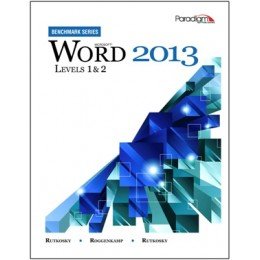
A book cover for Microsoft Word 2013: levels 1 and 2 (Benchmark Series); Nita Rutkosky; Computers & Technology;